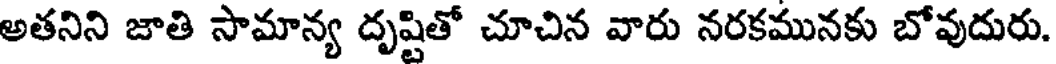
అతనిని జాతి సామాన్య దృష్టితో చూచిన వారు నరకమునకు బోవుదురు.